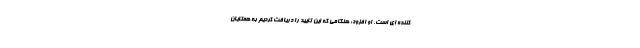
کننده ای است. او افزود: هنگامی که این تایید را دریافت کردیم به همتایان